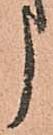
う